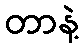
တာနဲ့